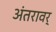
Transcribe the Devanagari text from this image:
अंतरावर्